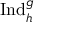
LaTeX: \operatorname { I n d } _ { \mathfrak { h } } ^ { \mathfrak { g } }